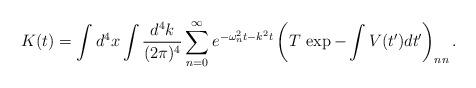
LaTeX: \begin{align*}K(t)=\int d^{4}x \int {d^{4}k\over(2\pi)^{4}} \sum_{n=0}^\infty e^{-\omega_{n}^{2}t-k^{2}t} \left(T\,\exp -\int V(t')dt'\right)_{nn}.\end{align*}